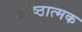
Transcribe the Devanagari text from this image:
कोष्ठात्मक